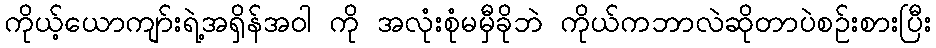
ကိုယ့်ယောကျာ်းရဲ့အရှိန်အဝါ ကို အလုံးစုံမမှီခိုဘဲ ကိုယ်ကဘာလဲဆိုတာပဲစဉ်းစားပြီး